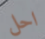
احل